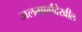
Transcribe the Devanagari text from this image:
जलमार्गदेखील